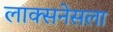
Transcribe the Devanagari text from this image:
लाक्सनेसला